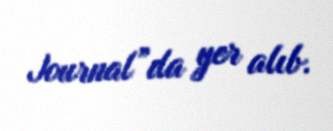
Journal”da yer alıb.